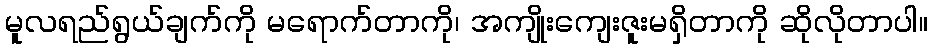
မူလရည်ရွယ်ချက်ကို မရောက်တာကို၊ အကျိုးကျေးဇူးမရှိတာကို ဆိုလိုတာပါ။